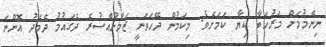
ނިންމުމަށް މަރުހަބާ ކިޔާ ކަމަށެވެ. މިކަމުން ދޭހަވަނީ ޒަމާނުއްސުރެ ދެގައުމު ދެމެދު އޮންނަ